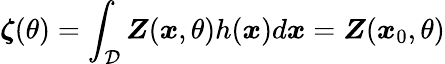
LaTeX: \boldsymbol{\zeta}(\theta)=\int_{\mathcal{D}}\boldsymbol{Z}(\boldsymbol{x},\theta)h(\boldsymbol{x})d\boldsymbol{x}=\boldsymbol{Z}(\boldsymbol{x}_{0},\theta)